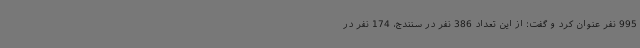
995 نفر عنوان کرد و گفت: از این تعداد 386 نفر در سنندج، 174 نفر در